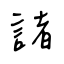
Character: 諸